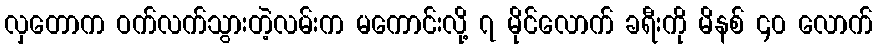
လှတောက ဝက်လက်သွားတဲ့လမ်းက မကောင်းလို့ ၇ မိုင်လောက် ခရီးကို မိနစ် ၄၀ လောက်